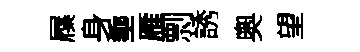
屧身埀雁剽誘奧望